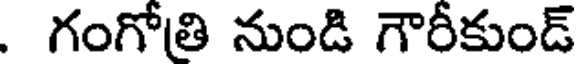
. గంగోతి నుండి గౌరీకుండ్